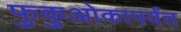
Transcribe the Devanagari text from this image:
फुकुओकापर्यंत